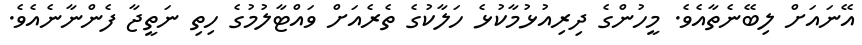
އޭނައަށް ލިބޭނެތާއެވެ. މީހުންގެ ދިރިއުޅުމާކުޅެ ހަލާކުގެ ތެރެއަށް ވައްޓާލުމުގެ ހިތި ނަތީޖާ ފެންނާނެއެވެ.